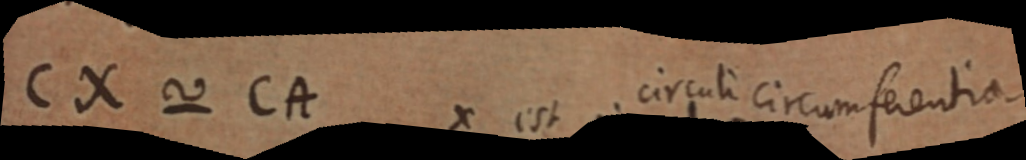
CX ~ CA x est circuli circumferentia